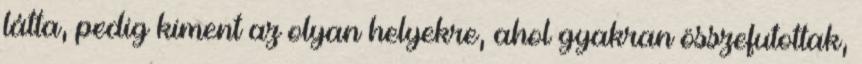
látta, pedig kiment az olyan helyekre, ahol gyakran összefutottak,